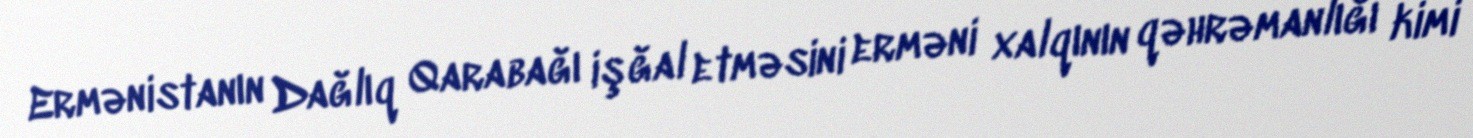
Ermənistanın Dağlıq Qarabağı işğal etməsini erməni xalqının qəhrəmanlığı kimi